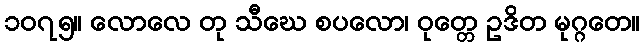
၁၀၇၅။ လောလေ တု သီဃေ စပလော၊ ဝုတ္တေ ဥဒိတ မုဂ္ဂတေ။